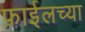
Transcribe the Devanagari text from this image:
फ़ाईलच्या